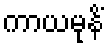
ကာယမုနိံ